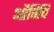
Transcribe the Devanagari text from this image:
औषिधि